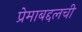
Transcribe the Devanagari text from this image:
प्रेमाबद्दलची